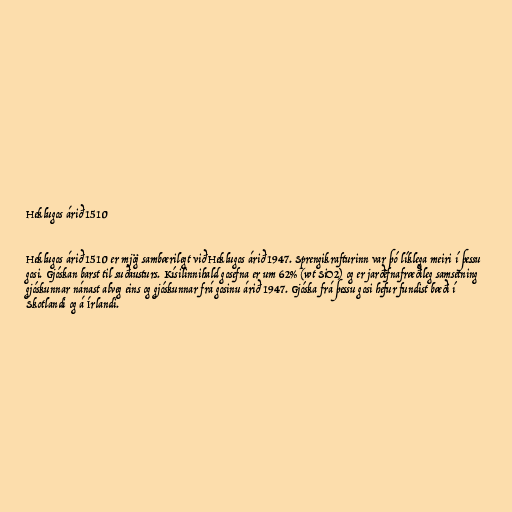
Heklugos árið 1510

Heklugos árið 1510 er mjög sambærilegt við Heklugos árið 1947. Sprengikrafturinn var þó líklega meiri í þessu
gosi. Gjóskan barst til suðausturs. Kísilinnihald gosefna er um 62% (wt SiO2) og er jarðefnafræðileg samsetning
gjóskunnar nánast alveg eins og gjóskunnar frá gosinu árið 1947. Gjóska frá þessu gosi hefur fundist bæði í
Skotlandi og á Írlandi.